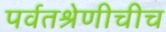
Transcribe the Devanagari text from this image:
पर्वतश्रेणीचीच